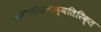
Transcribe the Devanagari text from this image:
कथालेखनाव्यतिरिक्त